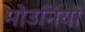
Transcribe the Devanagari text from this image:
मोउनियो